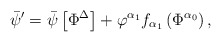
\begin{align*}\bar{\psi}^{\prime }=\bar{\psi}\left[ \Phi ^{\Delta }\right] +\varphi^{\alpha _{1}}f_{\alpha _{1}}\left( \Phi ^{\alpha _{0}}\right) ,\end{align*}